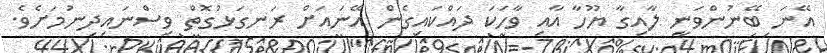
އޭނަ ބޭނުންވަނީ ލާއިގާ ޔޫހާ އާއި ވާހަކަ ދައްކައިގެން އޭނައަށް ރަނގަޅުގޮތް ވިސްނައިދިނުމަށެވެ.